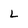
Character: L